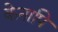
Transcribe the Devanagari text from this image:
केनापि